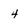
Character: 4